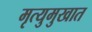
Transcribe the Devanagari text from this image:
मृत्युमुखात